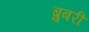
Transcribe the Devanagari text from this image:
ब्रुबरी